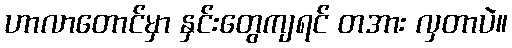
ဟာလာတောင်မှာ နှင်းတွေကျရင် တအား လှတာပဲ။